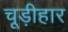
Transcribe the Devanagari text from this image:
चूड़ीहार